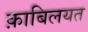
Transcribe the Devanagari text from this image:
क़ाबिलयत